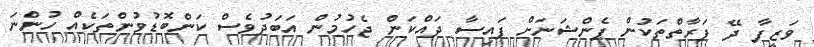
ވަޒީފާ ދޭ ފަރާތްތަކުން ޕެންޝަނަށް ފައިސާ ދައްކަން ޖެހުމުން އަބަދުވެސް ކަންބޮޑުވުންތަކެއް ހުންނަ